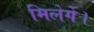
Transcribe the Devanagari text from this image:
मिलेगे।